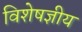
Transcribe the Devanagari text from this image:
विशेषज्ञीय